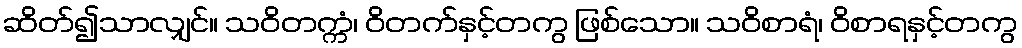
ဆိတ်၍သာလျှင်။ သဝိတက္ကံ၊ ဝိတက်နှင့်တကွ ဖြစ်သော။ သဝိစာရံ၊ ဝိစာရနှင့်တကွ